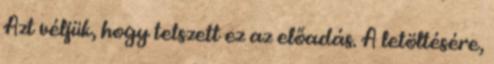
Azt véljük, hogy tetszett ez az előadás. A letöltésére,